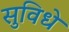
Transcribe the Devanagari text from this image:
सुविधे